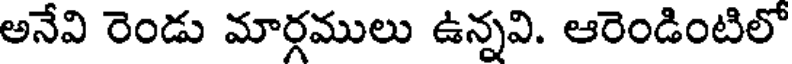
అనేవి రెండు మార్గములు ఉన్నవి. ఆరెండింటిలో